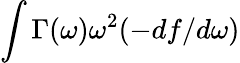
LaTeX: \int\Gamma(\omega)\omega^{2}(-df/d\omega)